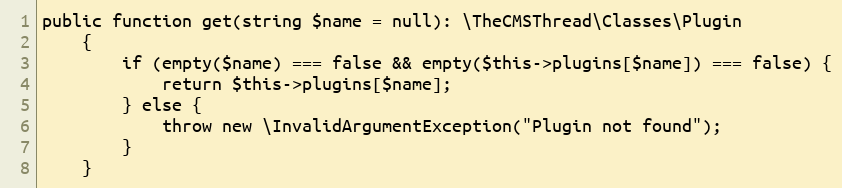
Language: PHP
public function get(string $name = null): \TheCMSThread\Classes\Plugin
    {
        if (empty($name) === false && empty($this->plugins[$name]) === false) {
            return $this->plugins[$name];
        } else {
            throw new \InvalidArgumentException("Plugin not found");
        }
    }